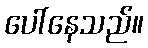
ပေါ်နေသည်။